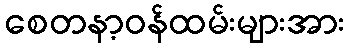
စေတနာ့ဝန်ထမ်းများအား